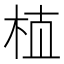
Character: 𰗝